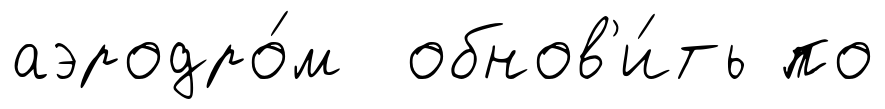
аэродро́м обнов'и́ть по